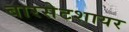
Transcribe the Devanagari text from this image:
बारसेटशायर